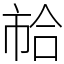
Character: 𢂷